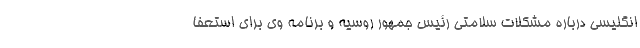
انگلیسی درباره مشکلات سلامتی رئیس جمهور روسیه و برنامه وی برای استعفا